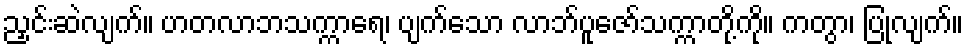
ညှင်းဆဲလျက်။ ဟတလာဘသက္ကာရေ၊ ပျက်သော လာဘ်ပူဇော်သက္ကာတို့ကို။ ကတွာ၊ ပြုလျက်။